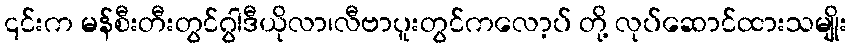
၎င်းက မန်စီးတီးတွင်ဂွါဒီယိုလာ၊လီဗာပူးတွင်ကလော့ပ် တို့ လုပ်ဆောင်ထားသမျိုး